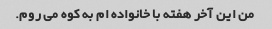
من این آخر هفته با خانواده ام به کوه می روم.